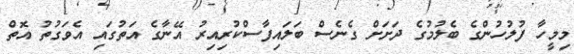
މިމީހާ ފުލުހުންގެ ބެލުމުގެ ދަށަށް ގެނެސް ބަލައިފާސްކުރިއިރު އޭނާގެ އަތުގައި އެވަގުތު އޮތް